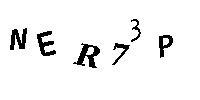
NER73P